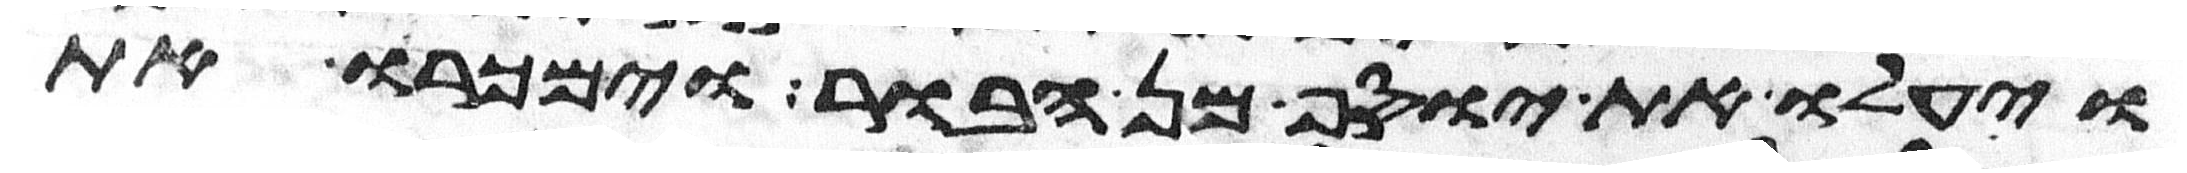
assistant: ויעלו את יוסף מן הבור וימכרו את